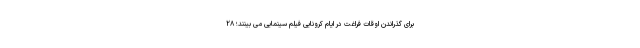
برای گذراندن اوقات فراغت در ایام کرونایی فیلم سینمایی می­ بینند؛ ۲۸